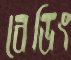
বেডিং